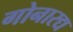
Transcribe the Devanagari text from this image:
गोनारद्य